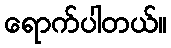
ရောက်ပါတယ်။